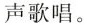
声歌唱。